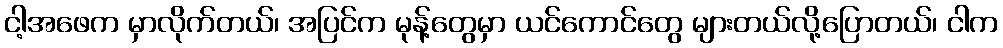
ငါ့အဖေက မှာလိုက်တယ်၊ အပြင်က မုန့်တွေမှာ ယင်ကောင်တွေ များတယ်လို့ပြောတယ်၊ ငါက